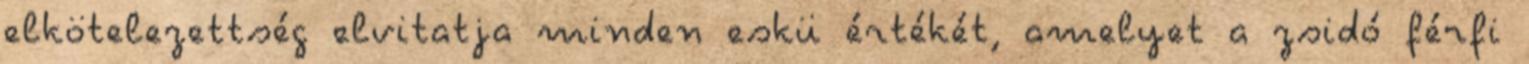
elkötelezettség elvitatja minden eskü értékét, amelyet a zsidó férfi